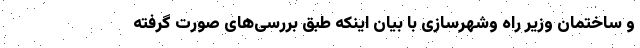
و ساختمان وزیر راه وشهرسازی با بیان اینکه طبق بررسی‌های صورت گرفته